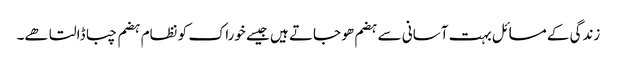
زندگی کے مسائل بہت آسانی سے ہضم ھو جاتے ہیں جیسے خوراک کو نظام ہضم چبا ڈالتا ھے۔